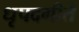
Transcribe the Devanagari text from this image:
धृपदगीते